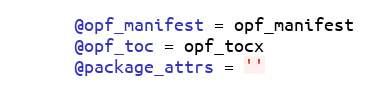
Language: Ruby
      @opf_manifest = opf_manifest
      @opf_toc = opf_tocx
      @package_attrs = ''